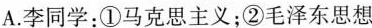
A.李同学：①马克思主义；②毛泽东思想